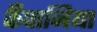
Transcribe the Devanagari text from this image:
कँपानिया